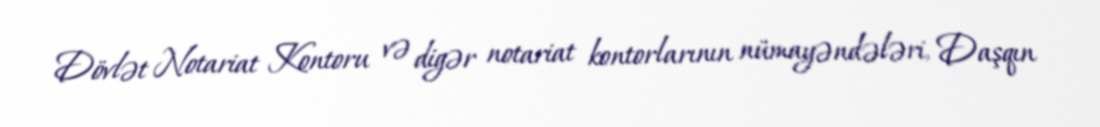
Dövlət Notariat Kontoru və digər notariat kontorlarının nümayəndələri, Daşqın